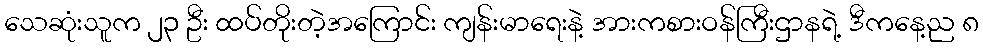
သေဆုံးသူက ၂၃ ဦး ထပ်တိုးတဲ့အကြောင်း ကျန်းမာရေးနဲ့ အားကစားဝန်ကြီးဌာနရဲ့ ဒီကနေ့ည ၈